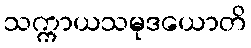
သက္ကာယသမုဒယောတိ